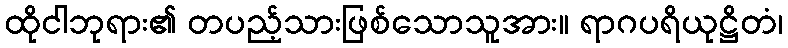
ထိုငါဘုရား၏ တပည့်သားဖြစ်သောသူအား။ ရာဂပရိယုဋ္ဌိတံ၊